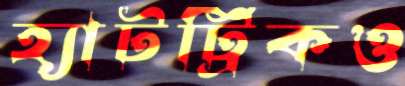
হ্যাটট্রিকও